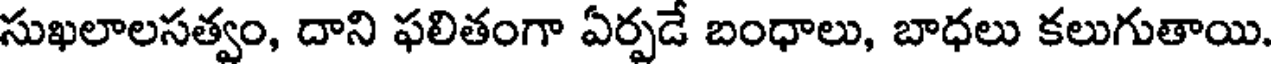
సుఖలాలసత్వం, దాని ఫలితంగా ఏర్పడే బంధాలు, బాధలు కలుగుతాయి.